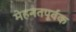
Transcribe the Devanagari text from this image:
मेहनतपूर्वक